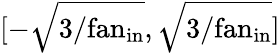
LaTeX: [-\sqrt{{3}/{\mathrm{fan}_{\mathrm{in}}}},\sqrt{{3}/{\mathrm{fan}_{\mathrm{in}}}}]